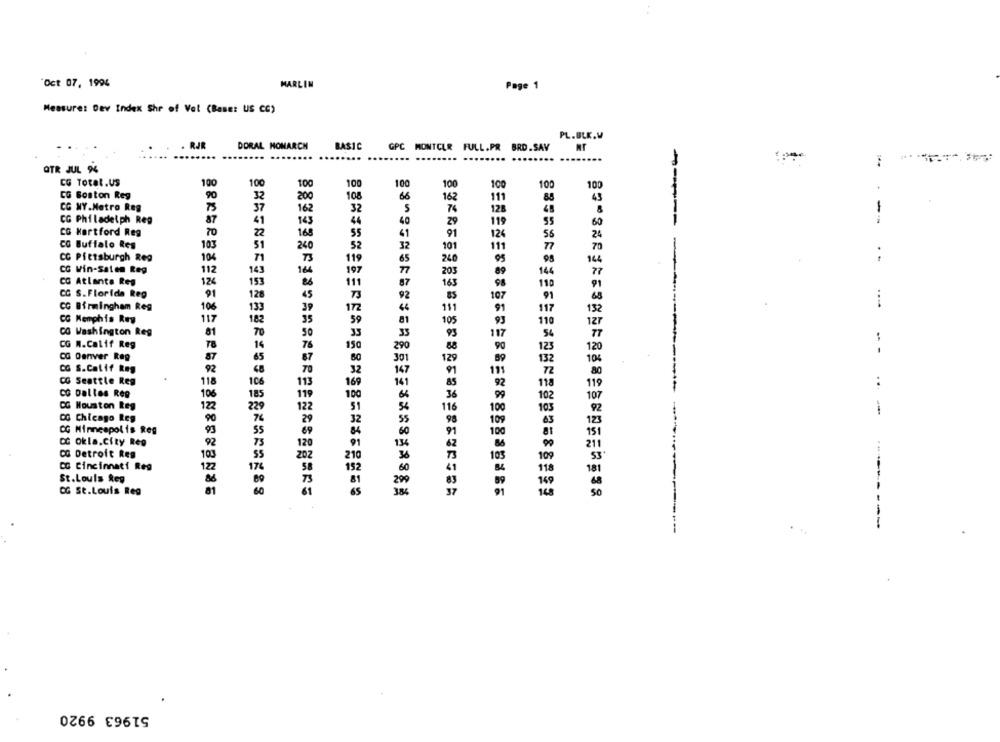
Oct 07, 1994
MARLIN
Page 1
Measures Dev Index Shr of Vol (Base: US CC)
PL.BLK.V
. RJR
DORAL NOMARCH
BASIC
GPC MONTCLR FULL.PR BRD.SAV
.......
....
OTR JUL 94
CG Total.US
100
100
100
100
100
100
100
100
100
200
CG Boston Reg
90
108
162
CG NY.Metro Reg
75
162
32
74
128
CG Philadelph Reg
87
40
29
119
----
--
CG Hartford Reg
TO
41
91
124
CC Buffalo Res
52
32
103
51
240
101
111
-
CC Pfetsburgh Reg
10%
71
T3
119
65
260
CG Win-Salen Reg
112
145
164
197
77
203
89
CG Atlanta Reg
124
153
111
163
87
98
CC S.Florida Reg
91
128
92
107
...
CC Birmingham Reg
106
133
172
151
91
117
CC Memphis Rey
117
182
59
105
CG Washington Reg
01
33
CG M.Calif Reg
150
CG Denver Reg
87
-- -
CG S.Calif Rog
92
CG Seattle Reg
118
106
...
co palles Reg
106
185
CG Houston Reg
122
--
CC Chicago Reg
90
55
CG Minneapolis Reg
93
CC okla.City Reg
92
CG Detroit Reg
103
CG Cincinnati Reg
122
St.Louis Reg
81
CG St.Louis Reg
----------
51963 9920